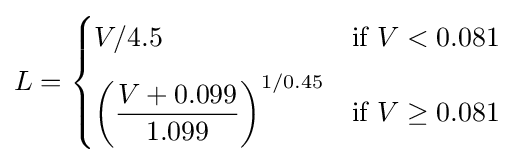
L={\begin{cases}V/4.5&{\mbox{if }}V<0.081\\[2mm]\left({\dfrac {V+0.099}{1.099}}\right)^{1/0.45}&{\mbox{if }}V\geq 0.081\end{cases}}